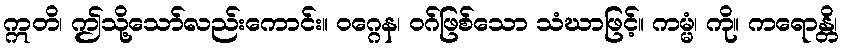
ဣတိ၊ ဤသို့သော်လည်းကောင်း။ ဝဂ္ဂေန၊ ဝဂ်ဖြစ်သော သံဃာဖြင့်။ ကမ္မံ၊ ကို။ ကရောန္တိ၊